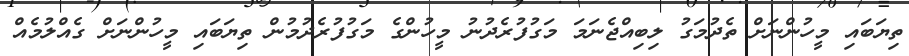
ތިޔަބައި މީހުންނަށް ތެދުމަގު ލިބިއްޖެނަމަ މަގުފުރެދުނު މީހުންގެ މަގުފުރެދުމުން ތިޔަބައި މީހުންނަށް ގެއްލުމެއް